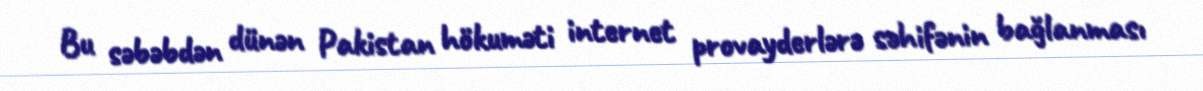
Bu səbəbdən dünən Pakistan hökuməti internet provayderlərə səhifənin bağlanması